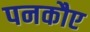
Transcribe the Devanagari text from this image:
पनकौए